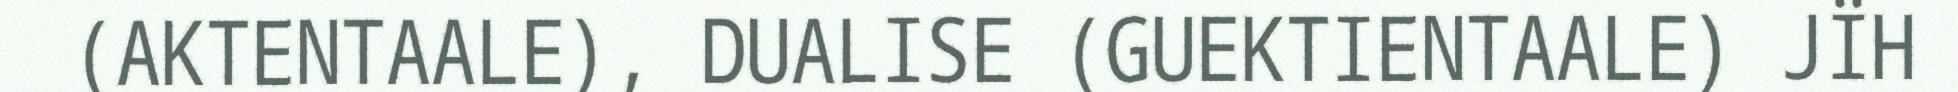
(AKTENTAALE), DUALISE (GUEKTIENTAALE) JÏH